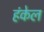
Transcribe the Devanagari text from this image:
हंकेल